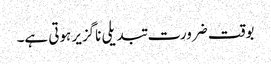
بوقت ضرورت تبدیلی ناگزیر ہوتی ہے۔